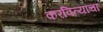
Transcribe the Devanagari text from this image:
करवित्याचा